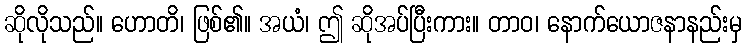
ဆိုလိုသည်။ ဟောတိ၊ ဖြစ်၏။ အယံ၊ ဤ ဆိုအပ်ပြီးကား။ တာဝ၊ နောက်ယောဇနာနည်းမှ